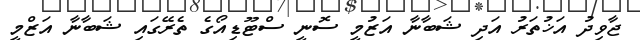
ޖާވިދު އަޚުތަރު އަދި ޝަބާނާ އަޒުމީ ސޮނީ ސްޓޫޑިއޯގެ ތެރޭގައި ޝަބާނާ އަޒްމީ